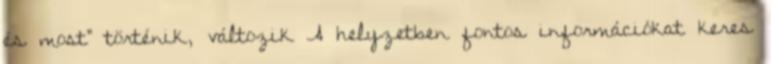
és most” történik, változik A helyzetben fontos információkat keres